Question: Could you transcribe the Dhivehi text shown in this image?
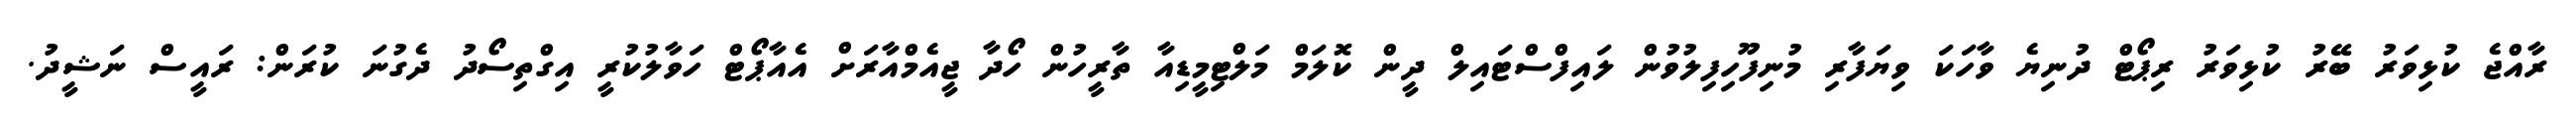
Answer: ރާއްޖެ ކުޅިވަރު ބޭރު ކުޅިވަރު ރިޕޯޓް ދުނިޔެ ވާހަކަ ވިޔަފާރި މުނިފޫހިފިލުވުން ލައިފްސްޓައިލް ދީން ކޮލަމް މަލްޓިމީޑިއާ ތާރީހުން ހޯދާ ޖީއެމްއާރަށް އެއާޕޯޓް ހަވާލުކުރީ އިގްތިސޯދު ދެގުނަ ކުރަން: ރައީސް ނަޝީދު.